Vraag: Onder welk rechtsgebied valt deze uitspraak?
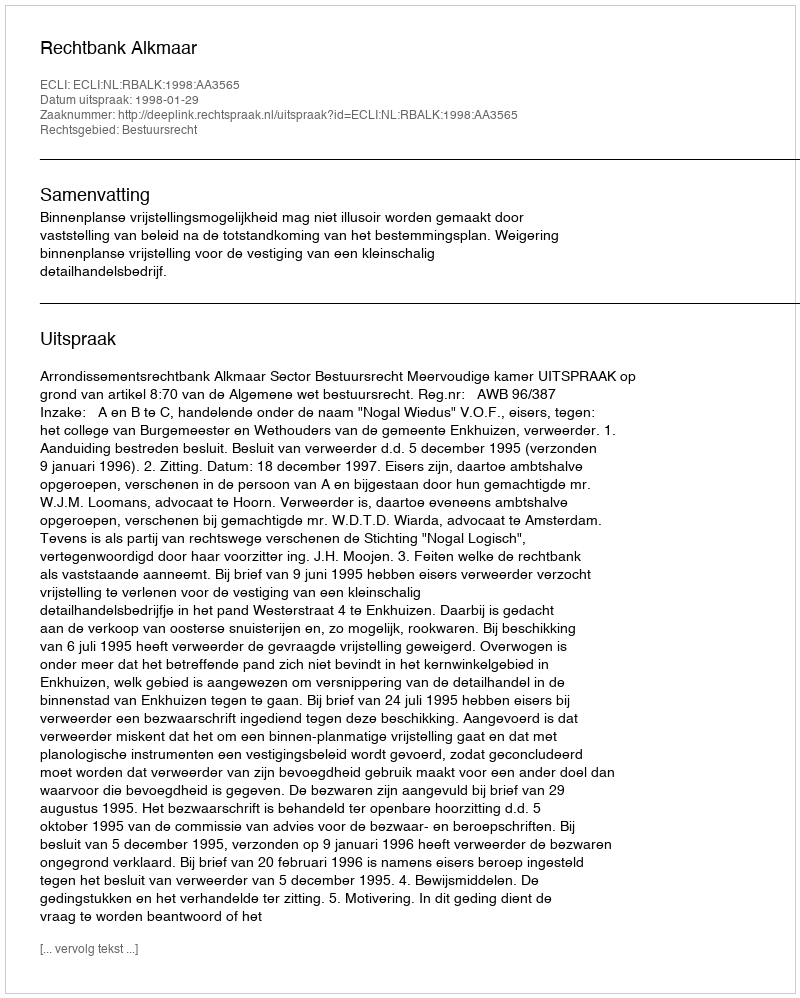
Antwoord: Bestuursrecht